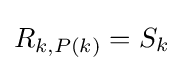
R_{k,P(k)}=S_{k}